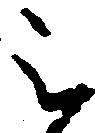
被